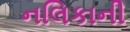
નલિકાની